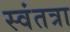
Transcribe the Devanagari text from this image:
स्वंतत्रा